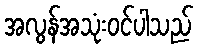
အလွန်အသုံးဝင်ပါသည်